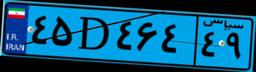
۴۵D۴۶۴۴۹